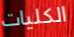
الكليات